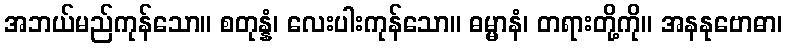
အဘယ်မည်ကုန်သော။ စတုန္နံ၊ လေးပါးကုန်သော။ ဓမ္မာနံ၊ တရားတို့ကို။ အနနုဗောဓာ၊